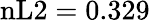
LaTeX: \mathrm{nL2}=0.329